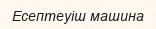
Есептеуіш машина